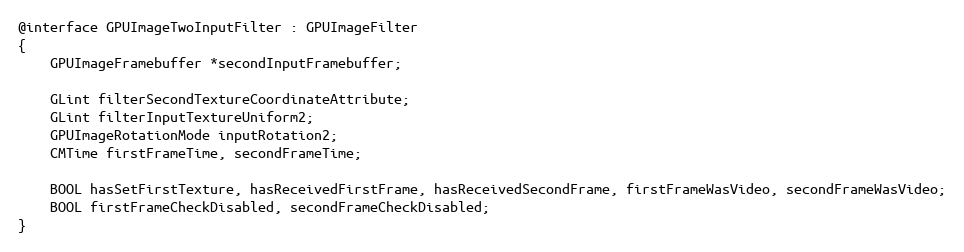
Language: C
@interface GPUImageTwoInputFilter : GPUImageFilter
{
    GPUImageFramebuffer *secondInputFramebuffer;

    GLint filterSecondTextureCoordinateAttribute;
    GLint filterInputTextureUniform2;
    GPUImageRotationMode inputRotation2;
    CMTime firstFrameTime, secondFrameTime;

    BOOL hasSetFirstTexture, hasReceivedFirstFrame, hasReceivedSecondFrame, firstFrameWasVideo, secondFrameWasVideo;
    BOOL firstFrameCheckDisabled, secondFrameCheckDisabled;
}